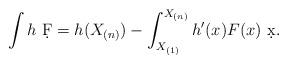
LaTeX: \begin{align*}\int h\ \d{F}=h(X_{(n)})-\int_{X_{(1)}}^{X_{(n)}}h'(x) F(x)\ \d{x}.\end{align*}